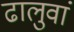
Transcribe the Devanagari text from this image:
ढालुवां